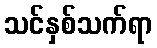
သင်နှစ်သက်ရာ